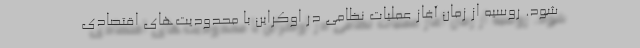
شود. روسیه از زمان آغاز عملیات نظامی در اوکراین با محدودیت‌های اقتصادی